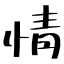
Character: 情